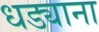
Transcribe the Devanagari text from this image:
धड्याना